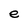
Character: e